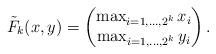
LaTeX: \begin{align*}\tilde{F}_k(x,y) = \begin{pmatrix}\max_{i=1,\ldots,2^k} x_i\\\max_{i=1,\ldots,2^k} y_i\end{pmatrix}.\end{align*}